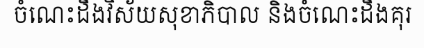
ចំណេះដឹងវិស័យសុខាភិបាល និងចំណេះដឹងគុរ